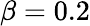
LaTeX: \beta=0.2